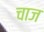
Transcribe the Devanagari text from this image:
चाज